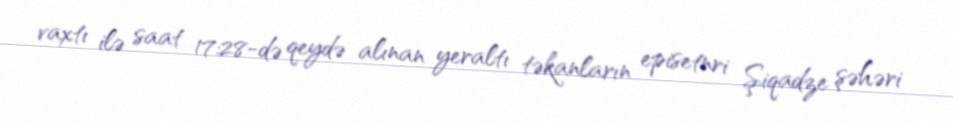
vaxtı ilə saat 17:28-də qeydə alınan yeraltı təkanların episetnri Şiqadze şəhəri